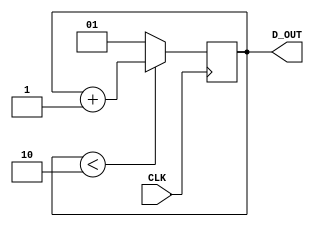
`timescale 1ns / 1ps
//////////////////////////////////////////////////////////////////////////////////
// Company: 
// Engineer: 
// 
// Design Name: 
// Module Name: dispselect
// Project Name: 
// Target Devices: 
// Tool Versions: 
// Description: 
// 
// Dependencies: 
// 
// Revision:
// Revision 0.01 - File Created
// Additional Comments:
// 
//////////////////////////////////////////////////////////////////////////////////


module dispselect(CLK,D_OUT);

output [1:0] D_OUT;

input CLK;

reg [1:0] D_OUT;

always @(posedge CLK)
begin
	if(D_OUT < 2'b10)
		D_OUT <= D_OUT + 2'b01;
	else
		D_OUT <= 2'b01;
end
endmodule